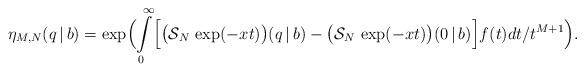
LaTeX: \begin{align*}\eta_{M,N}(q\,|\,b) = \exp\Bigl(\int\limits_0^\infty\Bigl[\bigl(\mathcal{S}_N \,\exp(-xt)\bigr)(q\,|\,b)-\bigl(\mathcal{S}_N\,\exp(-xt)\bigr)(0\,|\,b)\Bigr]f(t) dt/t^{M+1}\Bigr).\end{align*}